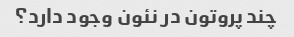
چند پروتون در نئون وجود دارد؟